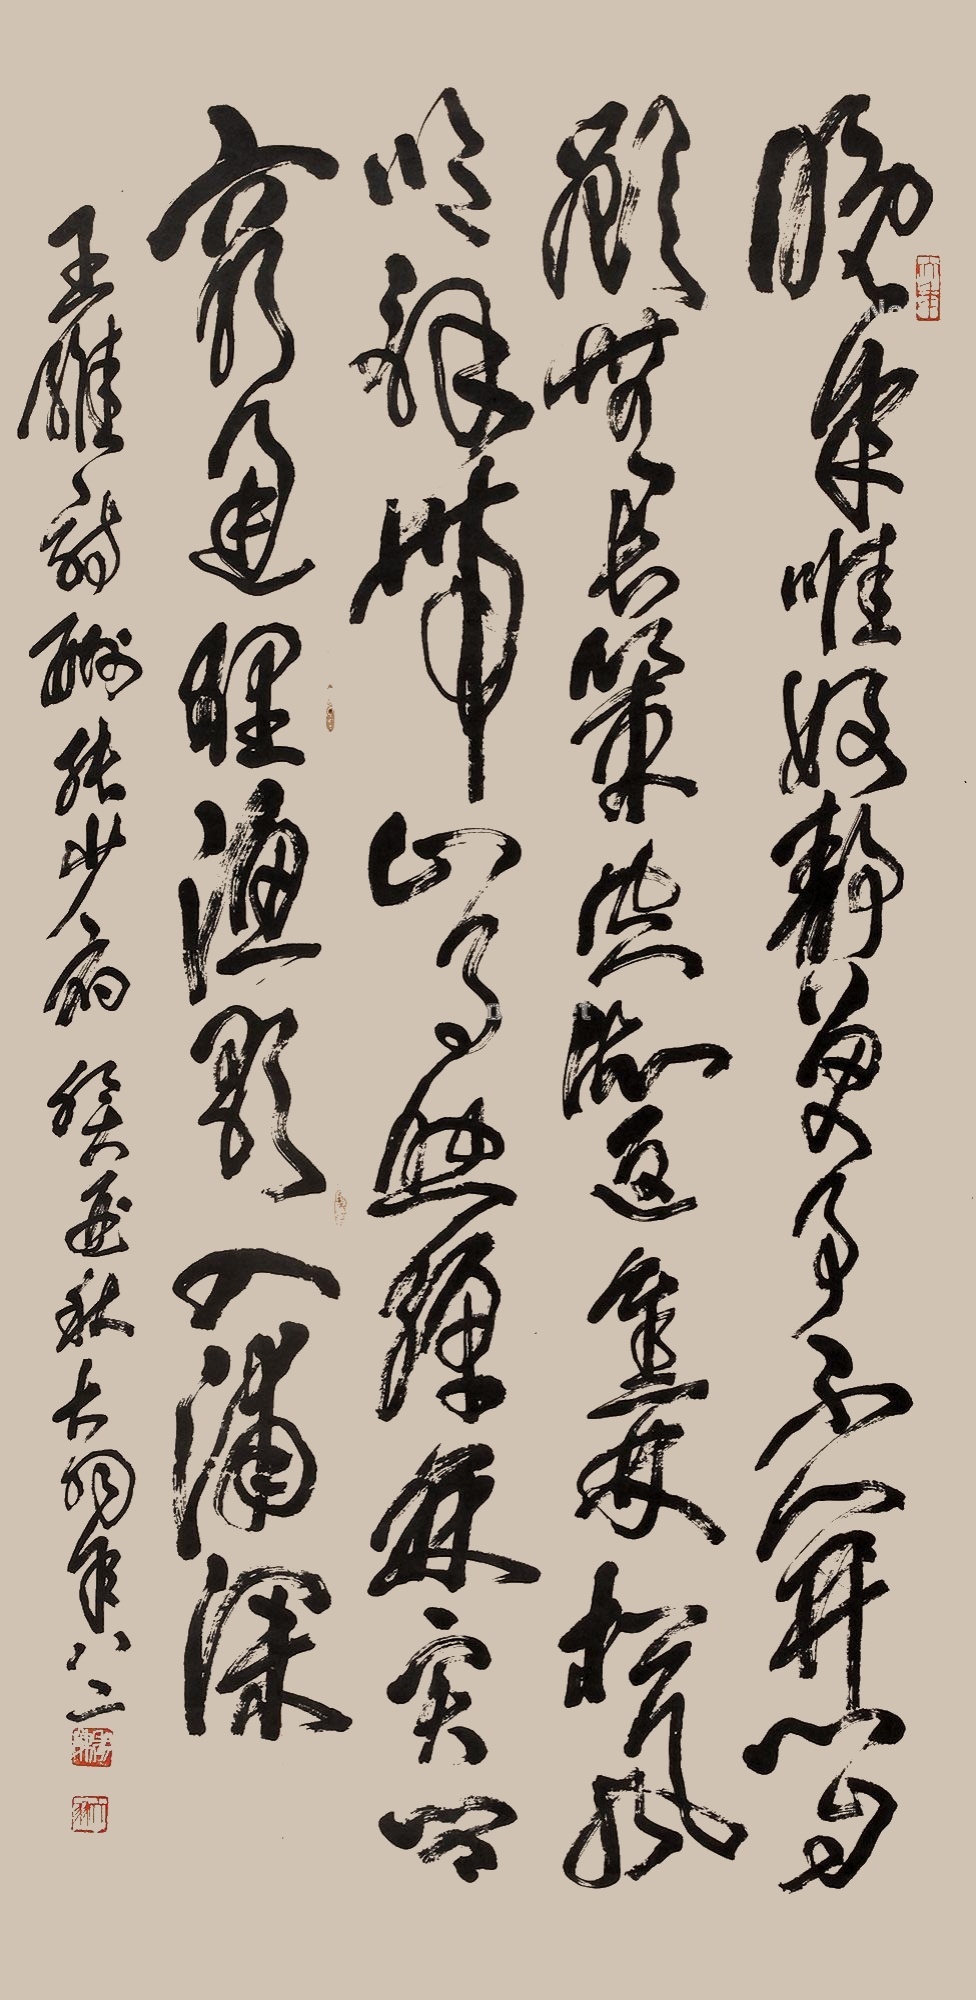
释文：晚年惟好静，万事不关心。自顾无长策，空知返旧林。松风吹解带，山月照弹琴。君问穷通理，渔歌入浦深。王维诗酬张少扃，癸卯秋大羽年八二。